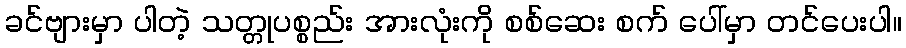
ခင်ဗျားမှာ ပါတဲ့ သတ္တုပစ္စည်း အားလုံးကို စစ်ဆေး စက် ပေါ်မှာ တင်ပေးပါ။